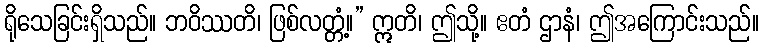
ရိုသေခြင်းရှိသည်။ ဘဝိဿတိ၊ ဖြစ်လတ္တံ့။” ဣတိ၊ ဤသို့။ ဧတံ ဌာနံ၊ ဤအကြောင်းသည်။